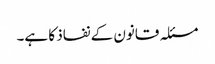
مسئلہ قانون کے نفاذ کا ہے۔